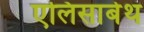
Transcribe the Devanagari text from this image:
एलिसाबेथ